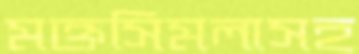
মক্তসিমলাসহ